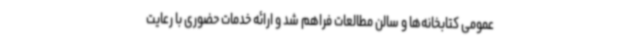
عمومی کتابخانه‌ها و سالن مطالعات فراهم شد و ارائه خدمات حضوری با رعایت